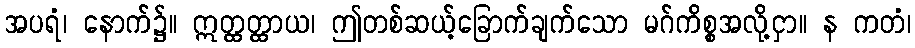
အပရံ၊ နောက်၌။ ဣတ္ထတ္ထာယ၊ ဤတစ်ဆယ့်ခြောက်ချက်သော မဂ်ကိစ္စအလို့ငှာ။ န ကတံ၊